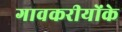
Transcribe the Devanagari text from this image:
गावकरीयोंके